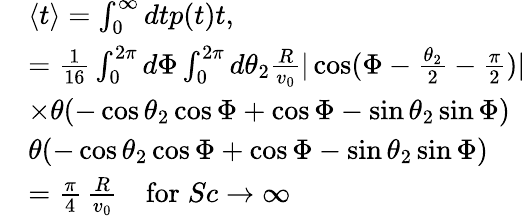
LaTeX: \begin{array}{rl}&{\langle t\rangle=\int_{0}^{\infty}dtp(t)t,}\\ &{=\frac{1}{16}\int_{0}^{2\pi}d\Phi\int_{0}^{2\pi}d\theta_{2}\frac{R}{v_{0}}|\cos(\Phi-\frac{\theta_{2}}{2}-\frac{\pi}{2})|}\\ &{\times\theta(-\cos\theta_{2}\cos\Phi+\cos\Phi-\sin\theta_{2}\sin\Phi)}\\ &{\theta(-\cos\theta_{2}\cos\Phi+\cos\Phi-\sin\theta_{2}\sin\Phi)}\\ &{=\frac{\pi}{4}\, \frac{R}{v_{0}}\, \; \; \; \mathrm{for}\; Sc\rightarrow\infty}\end{array}